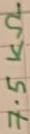
Text: 7.5KΩ